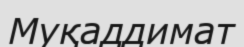
Муқаддимат